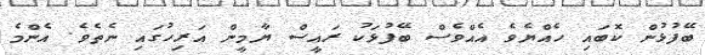
ބޭފުޅުން ކޮބައި ހެއްޔެވެ އެއްވެސް ބޭފުޅަކު ރައީސް ޔާމީން އަރިހުގައި ނެތެވެ. އެންމެ